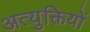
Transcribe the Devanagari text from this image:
अत्युक्तियों